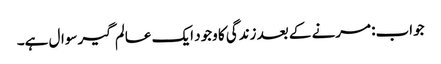
جواب: مرنے کے بعد زندگی کا وجود ایک عالم گیر سوال ہے۔